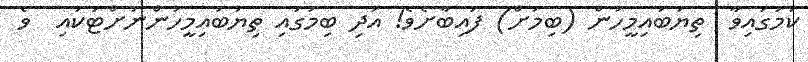
ކަމުގައިވާ  ތިޔަބައިމީހުން (ބިމަށް) ފައިބާށެވެ! އަދި ބިމުގައި ތިޔަބައިމީހުންނަށްޓަކައި  ވެ